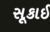
સૂકાઈ